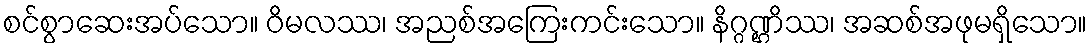
စင်စွာဆေးအပ်သော။ ဝိမလဿ၊ အညစ်အကြေးကင်းသော။ နိဂ္ဂဏ္ဌိဿ၊ အဆစ်အဖုမရှိသော။